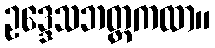
ဥဒ္ဒေသဘတ္တကထာ။